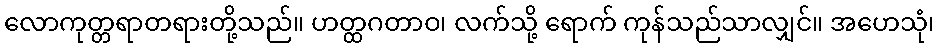
လောကုတ္တရာတရားတို့သည်။ ဟတ္ထဂတာဝ၊ လက်သို့ ရောက် ကုန်သည်သာလျှင်။ အဟေသုံ၊